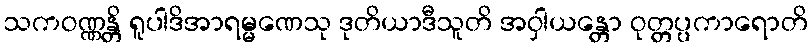
သကဝဏ္ဏန္တိ ရူပါဒိအာရမ္မဏေသု ဒုတိယာဒီသူတိ အဝှါယန္တော ဝုတ္တပ္ပကာရောတိ